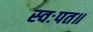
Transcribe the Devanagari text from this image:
स्वःपत॥